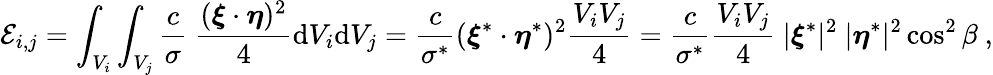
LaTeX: \mathcal{E}_{i,j}=\int_{V_{i}}\int_{V_{j}}\frac{c}{\sigma}\ \frac{(\boldsymbol{\xi}\cdot\boldsymbol{\eta})^{2}}{4}\textup{d}V_{i}\textup{d}V_{j}=\frac{c}{\sigma^{*}}(\boldsymbol{\xi}^{*}\cdot\boldsymbol{\eta}^{*})^{2}\frac{V_{i}V_{j}}{4}=\frac{c}{\sigma^{*}}\frac{V_{i}V_{j}}{4}\ |\boldsymbol{\xi}^{*}|^{2}\ |\boldsymbol{\eta}^{*}|^{2}\cos^{2}\beta\ ,